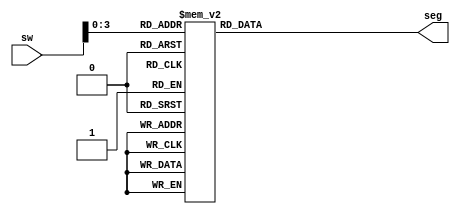
`timescale 1ns / 1ps
//////////////////////////////////////////////////////////////////////////////////
// Company: 
// Engineer: 
// 
// Design Name: 
// Module Name: sdpdecoder7e
// Project Name: 
// Target Devices: 
// Tool Versions: 
// Description: 
// 
// Dependencies: 
// 
// Revision:
// Revision 0.01 - File Created
// Additional Comments:
// 
//////////////////////////////////////////////////////////////////////////////////

module sdpdecoder7e(sw, seg);
	input [15:0] sw;
	output reg [7:0] seg;
    always @(sw) begin
        case(sw[3:0])
            4'b0000 : seg = 8'b11000000;
            4'b0001 : seg = 8'b11111001;
            4'b0010 : seg = 8'b10100100;
            4'b0011 : seg = 8'b10110000;
            4'b0100 : seg = 8'b10011001;
            4'b0101 : seg = 8'b10010010;
            4'b0110 : seg = 8'b10000010;
            4'b0111 : seg = 8'b11111000;
            4'b1000 : seg = 8'b10000000;
            4'b1001 : seg = 8'b10010000;
            4'b1010 : seg = 8'b10001000;
            4'b1011 : seg = 8'b10000011;
            4'b1100 : seg = 8'b11000110;
            4'b1101 : seg = 8'b10100001;
            4'b1110 : seg = 8'b10000110;
            4'b1111 : seg = 8'b10001110;
        endcase
    end
endmodule